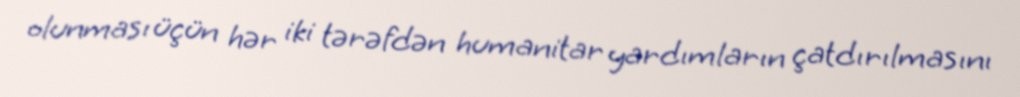
olunması üçün hər iki tərəfdən humanitar yardımların çatdırılmasını